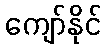
ကျော်နိုင်